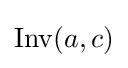
\operatorname {Inv} (a,c)